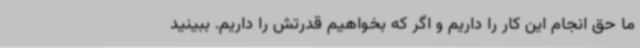
ما حق انجام این کار را داریم و اگر که بخواهیم قدرتش را داریم. ببینید